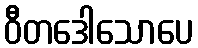
ဝီတဒေါသောပေ